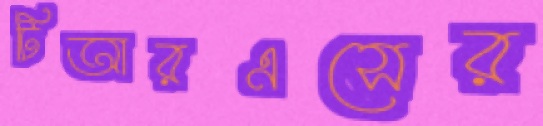
টিআরএসের